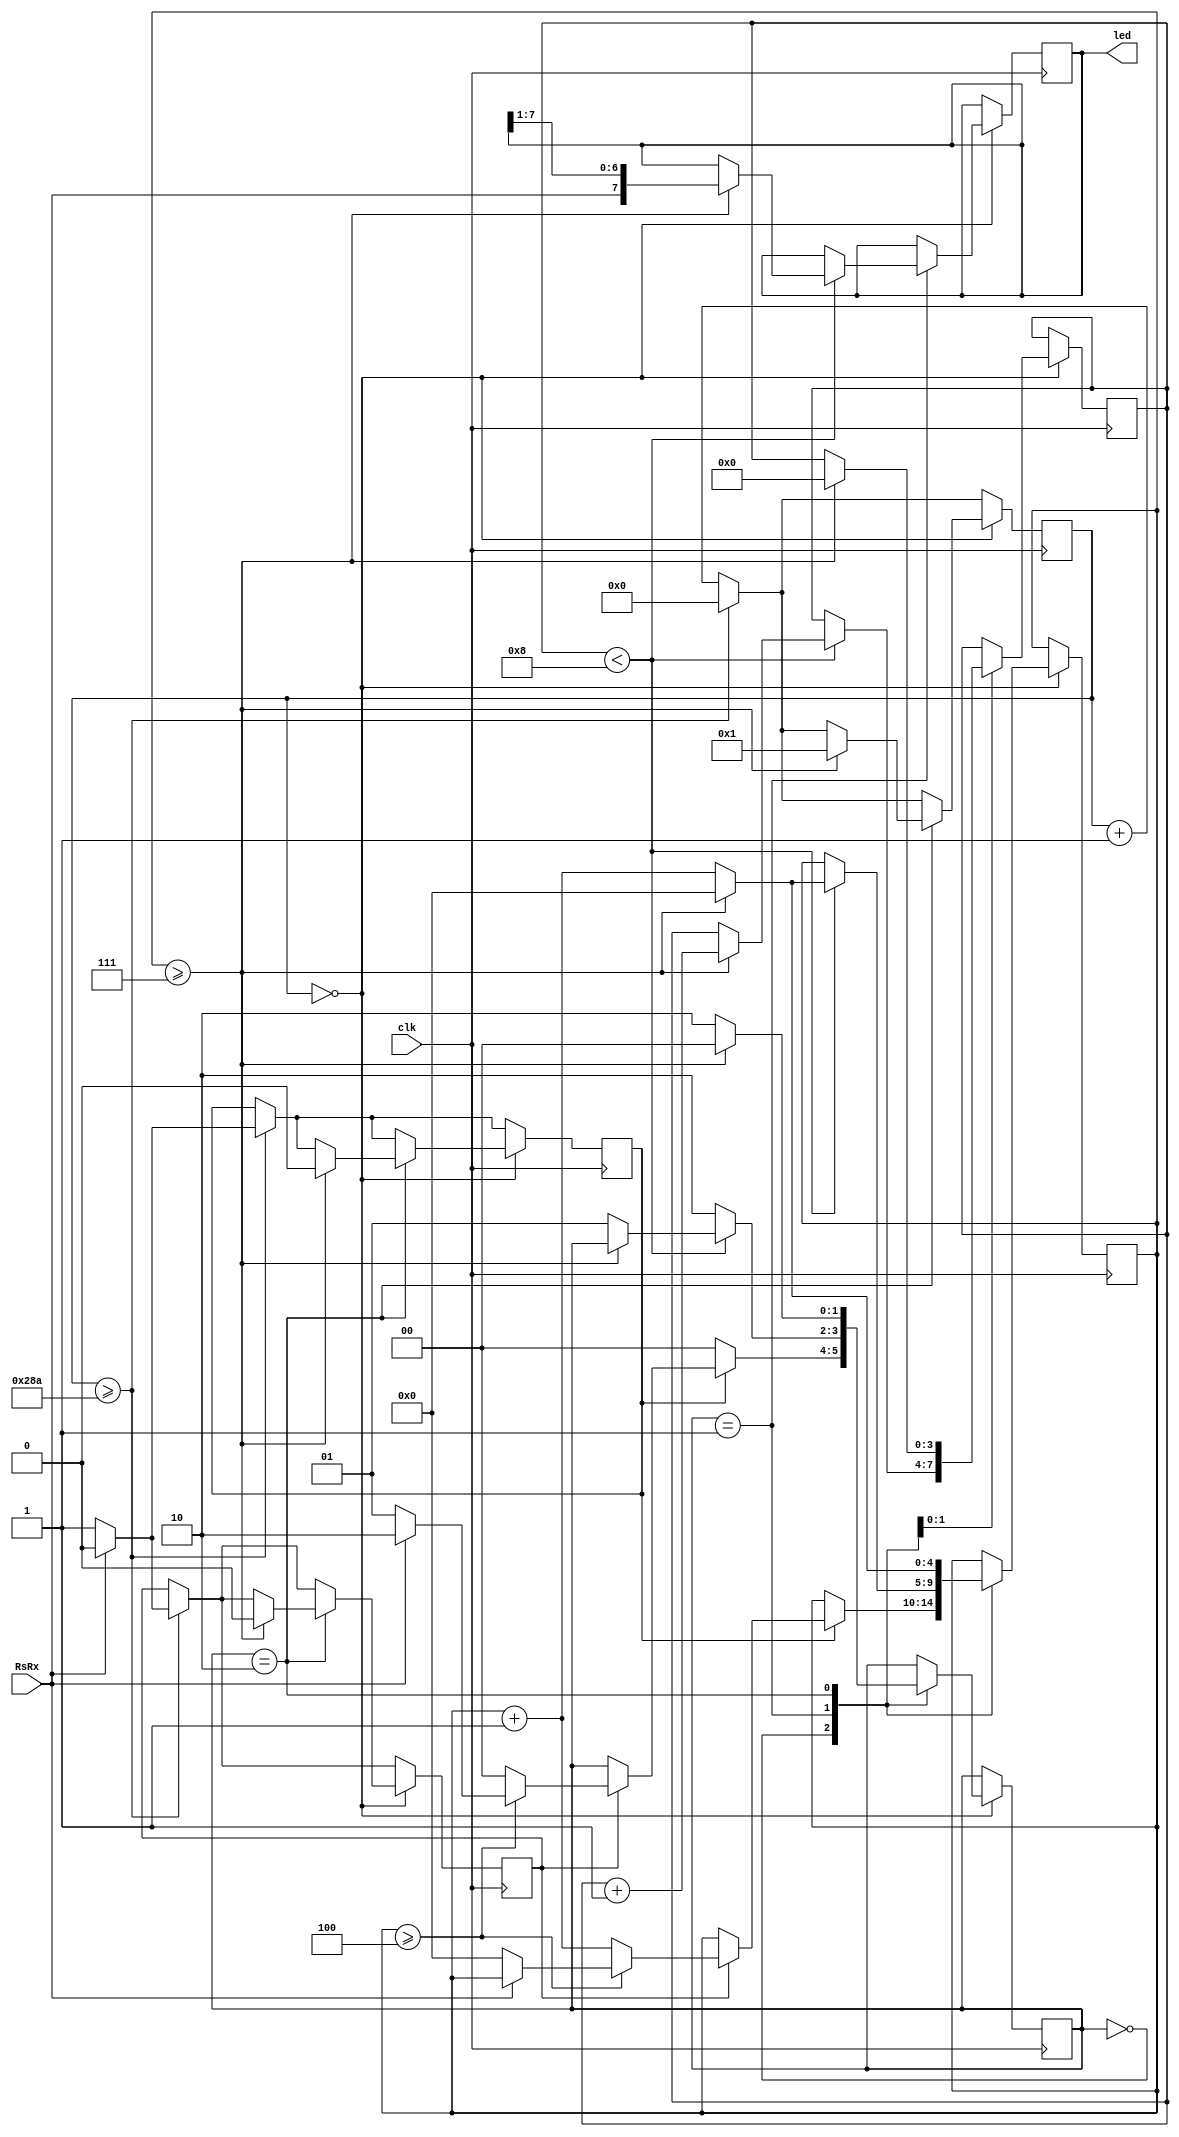
`timescale 10us / 1ps
//////////////////////////////////////////////////////////////////////////////////
// Company: 
// Engineer: 
// 
// Design Name: 
// Module Name: Uart_Rx
// Project Name: 
// Target Devices: 
// Tool Versions: 
// Description: 
// 
// Dependencies: 
// 
// Revision:
// Revision 0.01 - File Created
// Additional Comments:
// 
//////////////////////////////////////////////////////////////////////////////////
// 

module Uart_Rx(
    input clk,
    input RsRx,   //have to change to PMOD out 
    output reg [7:0] led =8'b00000000
    );
    
    
    parameter  waiting = 2'b00;
    parameter  receiving = 2'b01;
    parameter  reset = 2'b10;   
    reg [1:0] state =2'b00;
    
    
    reg [13:0]clock_count =0;  // 16x trans clk so 100mhz/9600 *16 = 651 ticks
    reg [3:0] bit_counter=0;
    reg [4:0] midbit=0;
    reg load =0; 
    reg startbitdetect=0;  
      
          
//    reg stop_bit =1'b1;
//    reg start_bit =1'b0;
//    reg [9:0] Serial_in;
    
   //add a stop bit condition
  
    
    always @(posedge clk ) begin
//     Serial_in <= {stop_bit, led,start_bit}; 
    
    clock_count <= clock_count +1;  
    
      if (clock_count >= 650) begin
        clock_count <=0;
           if (RsRx==0) begin
            load<=1;
            startbitdetect <=1;
            end
            else  begin
             load<=0;
            startbitdetect <=0;
            end
            
         end
     
      
     
     
     if(clock_count==0) begin
     
        case(state)
        
        waiting: 
        begin
        
        if(load) begin
        
        if(startbitdetect) begin
         
                if(midbit >= 4)  //maybe 8 
                begin
                if(RsRx ==0) begin
                 state <= receiving;
                 midbit <=0;
                end
                else
                state <= reset;
                 end
                 
                else 
                begin
                 midbit =midbit +1;  
                 state <=waiting;
          
                 end
         end
         end
         
         else 
         state <= waiting;
        
        end
        
        
       receiving: begin
        
        if(bit_counter < 8) begin
            if(midbit >= 7) begin   
             bit_counter <= bit_counter +1; 
                midbit <=0;   
//                   led[bit_counter] <= RsRx; 
                   led <= {RsRx, led[7:1]};  
                          
                 end
                 
                else  begin
                 midbit =midbit +1;  
                 state <= receiving;
                 end   
                        
        end 
        
        else
        state <= reset;
//      midbit<=0;   // this casue problem     
        end
        
        reset: begin
        
        if(midbit >= 7) begin   //maybe 16 
          midbit <=0;   
          state <= waiting;
         load<=0;
         startbitdetect <=0;  
         bit_counter <=0;
          midbit <=0;
          clock_count <= 1;
                end
                
                 else  begin
                 midbit =midbit +1;  
                 state <= reset;
                 end   
       
                
//          state <= waiting;
//         load<=0;
//         startbitdetect <=0;  
//         bit_counter <=0;
//          midbit <=0;
//          clock_count <= 1;
    
        end
        
        
        
        
        endcase
      
      
      
  end 
         

end
    
endmodule